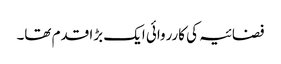
فضائیہ کی کارروائی ایک بڑا قدم تھا۔